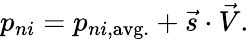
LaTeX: p_{ni}=p_{ni,\mathrm{avg.}}+\vec{s}\cdot\vec{V}.